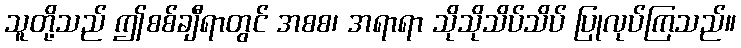
သူတို့သည် ဤစစ်ချီရာတွင် အစစ၊ အရာရာ သိုသိုသိပ်သိပ် ပြုလုပ်ကြသည်။